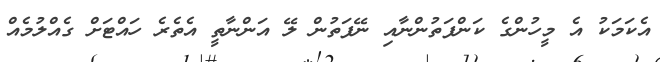
އެކަމަކު އެ މީހުންގެ ކަންފަތުންނާއި ނޭފަތުން ލޭ އަންނާތީ އެތެރެ ހައްޓަށް ގެއްލުމެއް